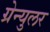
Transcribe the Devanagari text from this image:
ग्रेन्युलर